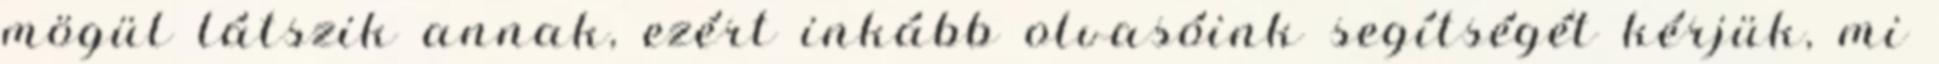
mögül látszik annak, ezért inkább olvasóink segítségét kérjük, mi